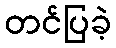
တင်ပြခဲ့